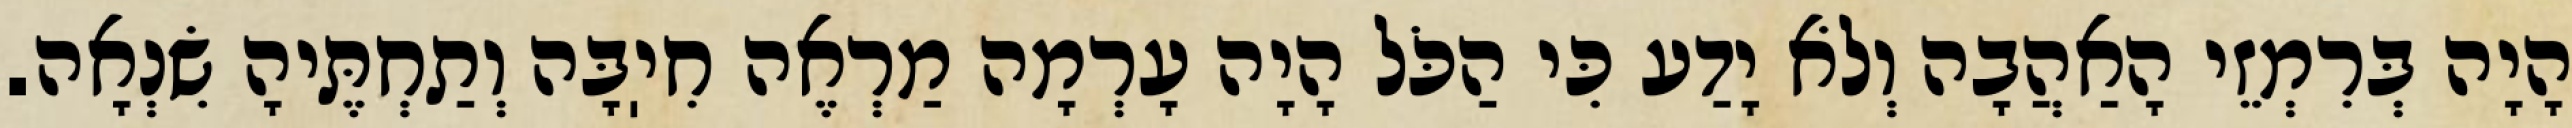
הָיָה בְּרִמְזֵי הָאַהֲבָה וְלֹא יָדַע כִּי הַכֹּל הָיָה עָרְמָה מַרְאֶה חִיֽבָּה וְתַחְתֶּיהָ שִׂנְאָה.